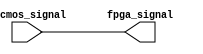
module io_block (
    input wire lvcmos_signal,
    output wire fpga_signal
);

assign fpga_signal = lvcmos_signal;

endmodule